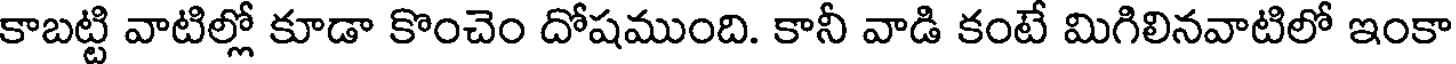
కాబట్టి వాటిల్లో కూడా కొంచెం దోషముంది. కానీ వాడి కంటే మిగిలినవాటిలో ఇంకా